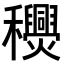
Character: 𥤎